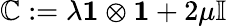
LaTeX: \mathbb{C}:=\lambda\mathbf{1}\otimes\mathbf{1}+2\mu\mathbb{I}